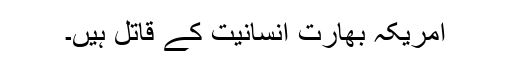
امریکہ بھارت انسانیت کے قاتل ہیں۔